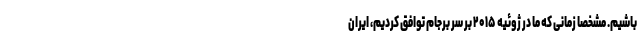
باشیم. مشخصا زمانی که ما در ژوئیه ۲۰۱۵ بر سر برجام توافق کردیم، ایران